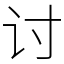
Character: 讨